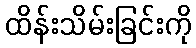
ထိန်းသိမ်းခြင်းကို